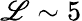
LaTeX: \mathscr{L}\sim5